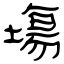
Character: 塲